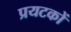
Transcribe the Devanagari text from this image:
प्रयटकों